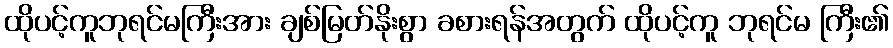
ထိုပင့်ကူဘုရင်မကြီးအား ချစ်မြတ်နိုးစွာ ခစားရန်အတွက် ထိုပင့်ကူ ဘုရင်မ ကြီး၏